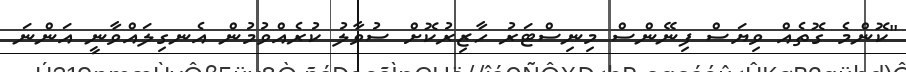
"ކޮންމެ ގޮތެއް ވިޔަސް ފިނޭންސް މިނިސްޓަރު ހާޒިރުކޮށް ސުވާލު ކުރެއްވުމުން އެނގިލައްވާނީ އަންނަ